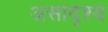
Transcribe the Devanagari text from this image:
असादृश्य